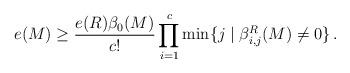
LaTeX: \begin{align*} e(M) \ge \frac{e(R)\beta_0(M)}{c!} \prod_{i= 1}^c\min\{j\mid \beta^R_{i,j}(M)\ne 0\}\,.\end{align*}